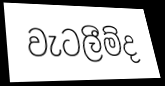
වැටලීම්ද